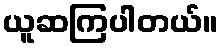
ယူဆကြပါတယ်။